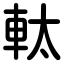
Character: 軚